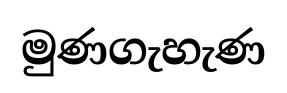
මුණගැහැණ